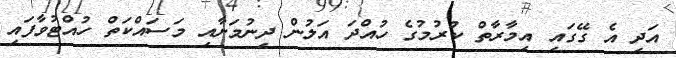
އަދި އެ ގޭގައި އިމާރާތް ކުރުމުގެ ހުއްދަ އަލުން ދިނުމަށާއި މަސައްކަތް ހުއްޓުވާފައި